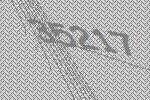
35217